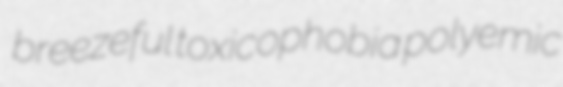
breezeful toxicophobia polyemic